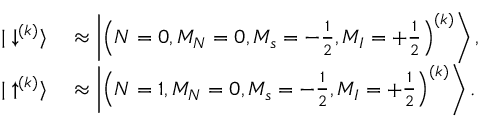
\begin{array} { r l } { | \downarrow ^ { ( k ) } \rangle } & { { } \approx \left| \left( N = 0 , M _ { N } = 0 , M _ { s } = - \frac { 1 } { 2 } , M _ { I } = + \frac { 1 } { 2 } \right) ^ { ( k ) } \right\rangle , } \\ { | \uparrow ^ { ( k ) } \rangle } & { { } \approx \left| \left( N = 1 , M _ { N } = 0 , M _ { s } = - \frac { 1 } { 2 } , M _ { I } = + \frac { 1 } { 2 } \right) ^ { ( k ) } \right\rangle . } \end{array}